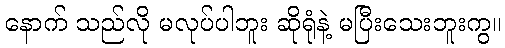
နောက် သည်လို မလုပ်ပါဘူး ဆိုရုံနဲ့ မပြီးသေးဘူးကွ။